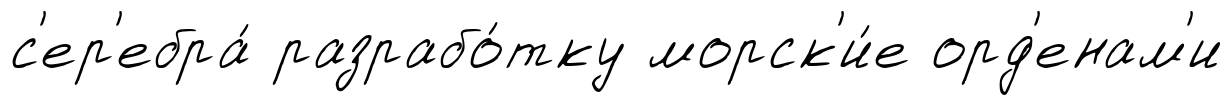
с'ер'ебра́ разрабо́тку морск'и́е орд'енам'и